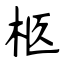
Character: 柩